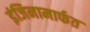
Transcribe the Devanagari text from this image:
इंजिनामार्फत